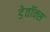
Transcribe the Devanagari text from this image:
डेवॉक्स